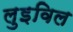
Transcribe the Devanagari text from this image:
लुइविल